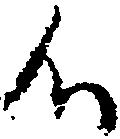
候